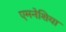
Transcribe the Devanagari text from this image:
एमनेशिया